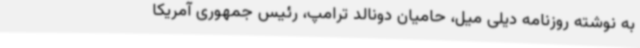
به نوشته روزنامه دیلی میل، حامیان دونالد ترامپ، رئیس جمهوری آمریکا